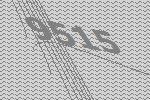
9515